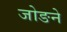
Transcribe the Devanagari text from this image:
जोङने